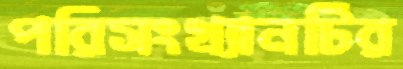
পরিসংখ্যানটির